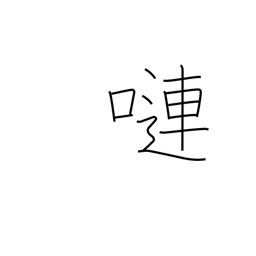
Meaning: voluble